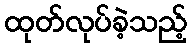
ထုတ်လုပ်ခဲ့သည့်